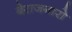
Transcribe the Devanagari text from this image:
बेराजगारो